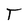
Character: T